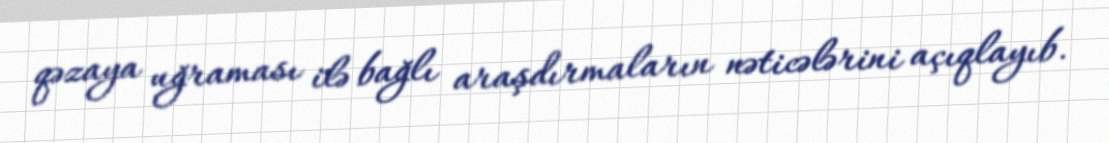
qəzaya uğraması ilə bağlı araşdırmaların nəticələrini açıqlayıb.